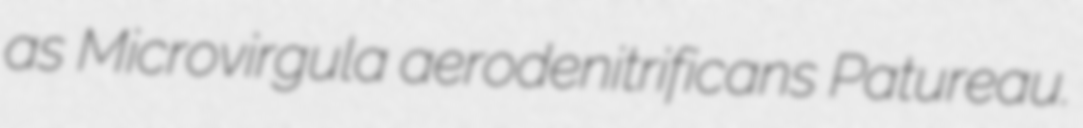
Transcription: as Microvirgula aerodenitrificans Patureau.